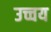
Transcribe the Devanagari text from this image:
उच्चय